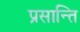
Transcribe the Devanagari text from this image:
प्रसान्ति